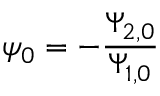
\psi _ { 0 } = - \frac { \Psi _ { 2 , 0 } } { \Psi _ { 1 , 0 } }